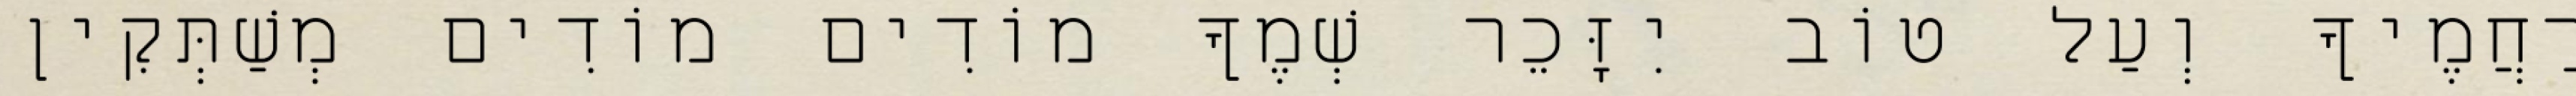
רַחֲמֶיךָ וְעַל טוֹב יִזָּכֵר שְׁמֶךָ מוֹדִים מוֹדִים מְשַׁתְּקִין